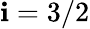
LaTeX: \mathbf{i}=3/2